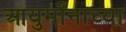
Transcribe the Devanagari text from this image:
आयुर्मानाच्या